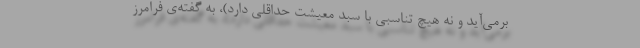
برمی‌آید و نه هیچ تناسبی با سبد معیشت حداقلی دارد)، به گفته‌ی فرامرز